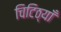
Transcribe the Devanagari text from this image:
चिटिठ्यॉँ